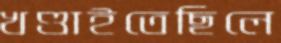
খণ্ডাইতেছিলে